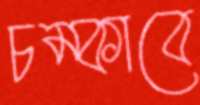
চম্‌কাবে